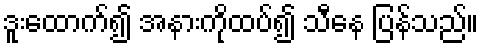
ဒူးထောက်၍ အနားကိုထပ်၍ သီနေ ပြန်သည်။